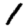
Digit: 1